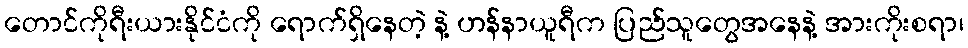
တောင်ကိုရီးယားနိုင်ငံကို ရောက်ရှိနေတဲ့ နဲ့ ဟန်နာယူရီက ပြည်သူတွေအနေနဲ့ အားကိုးစရာ၊